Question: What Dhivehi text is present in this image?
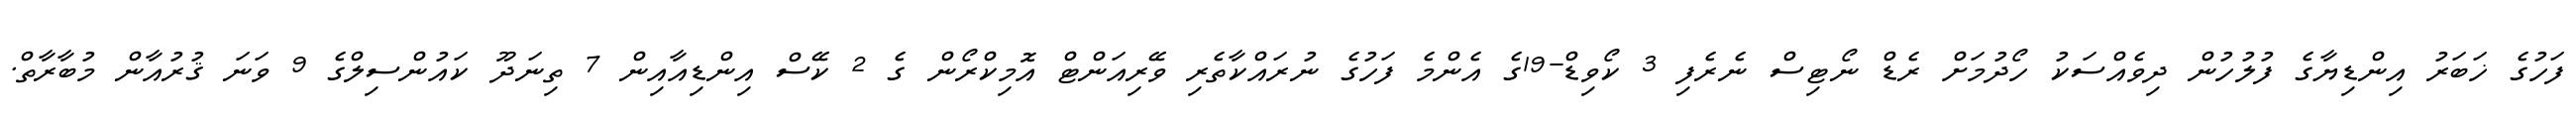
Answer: ފަހުގެ ޚަބަރު އިންޑިޔާގެ ފުލުހުން ދިވެއްސަކު ހޯދުމަށް ރެޑް ނޯޓިސް ނެރެފި 3 ކޯވިޑް-19ގެ އެންމެ ފަހުގެ ނުރައްކާތެރި ވޭރިއަންޓް އޮމިކްރޯން ގެ 2 ކޭސް އިންޑިއާއިން 7 ތިނަދޫ ކައުންސިލްގެ 9 ވަނަ ޤުރުއާން މުބާރާތް.